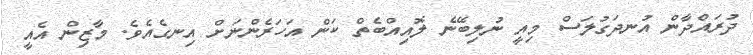
ދުރައްދާން އުނދަގުލަސް މިއީ ނުލިބޭނެ ލޮއިއްބެތް ކަން އަހަރެންނަށް އިނގެއެވެ. މާޒިން އެއީ